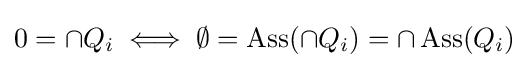
0=\cap Q_{i}\iff \emptyset =\operatorname {Ass} (\cap Q_{i})=\cap \operatorname {Ass} (Q_{i})